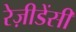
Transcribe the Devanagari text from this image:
रेज़ीडेंसी